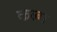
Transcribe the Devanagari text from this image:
कल्म